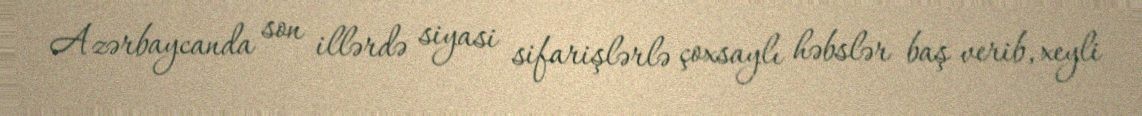
Azərbaycanda son illərdə siyasi sifarişlərlə çoxsaylı həbslər baş verib, xeyli